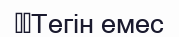
	Тегін емес